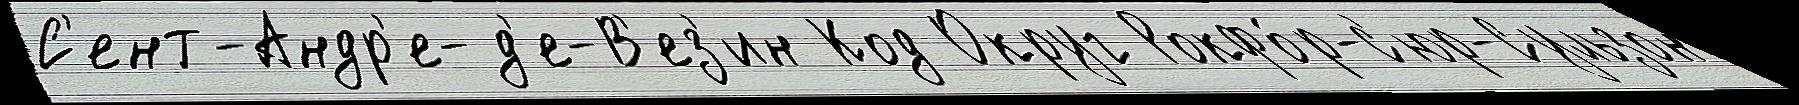
С'ент-Андр'е-д'е-В'ез'ин Код Округ Рокфо́р-с'юр-Сульзон